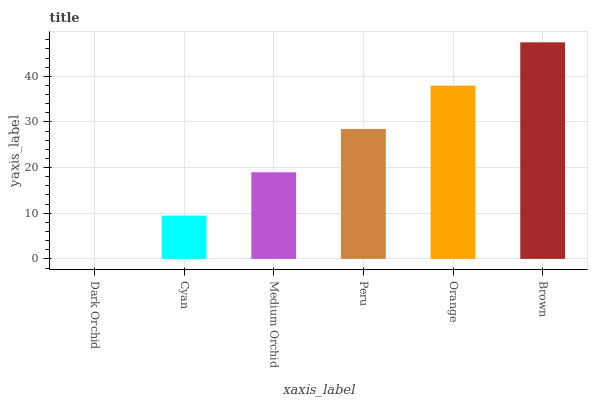
| xaxis_label | bars |
 | --- | --- |
 | Dark Orchid | 0 |
 | Cyan | 9.49 |
 | Medium Orchid | 19 |
 | Peru | 28.5 |
 | Orange | 38 |
 | Brown | 47.4 |